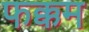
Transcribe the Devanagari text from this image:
फक्कम